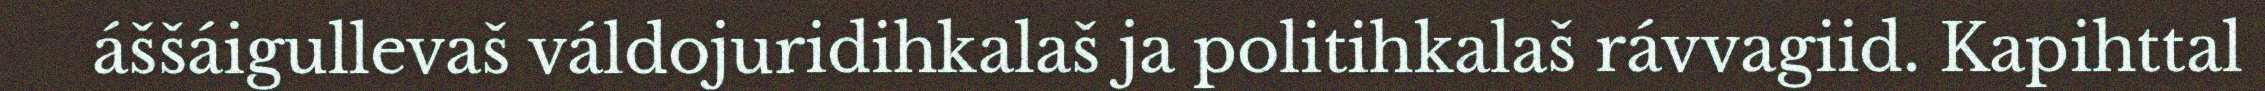
áššáigullevaš váldojuridihkalaš ja politihkalaš rávvagiid. Kapihttal